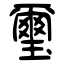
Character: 璽